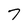
Character: 7